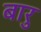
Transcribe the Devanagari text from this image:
बारु